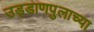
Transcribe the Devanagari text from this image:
उड्डाणपुलाच्या